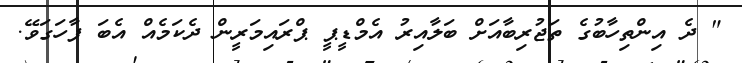
" ދެ އިންތިހާބުގެ ތަޖުރިބާއަށް ބަލާއިރު އެމްޑީޕީ ޕްރައިމަރީން ދެކަމެއް އެބަ ފާހަގަވޭ.